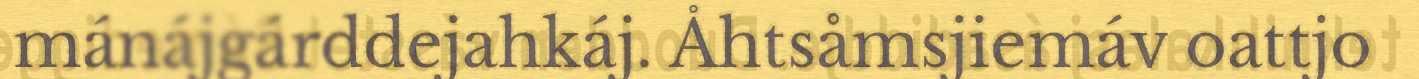
mánájgárddejahkáj. Åhtsåmsjiemáv oattjo